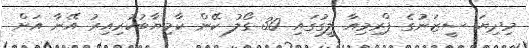
މިދިޔަ ސީޒަނުގެ ޕްރިމިއާ ލީގުގައި 30 ގޯލު ކޭން ކާމިޔާބުކުރިއިރު އޭނާ އަށް